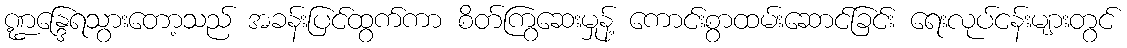
ဏ္ဍန္ဒြေရသွားတော့သည် အခန်းပြင်ထွက်ကာ စိတ်ကြွဆေးမှုန့် ကောင်းစွာထမ်းဆောင်ခြင်း ရေးလုပ်ငန်းများတွင်